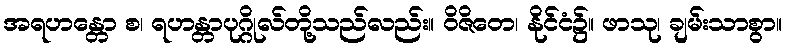
အရဟန္တော စ၊ ရဟန္တာပုဂ္ဂိုလ်တို့သည်လည်း။ ဝိဇိတေ၊ နိုင်ငံ၌။ ဖာသု၊ ချမ်းသာစွာ။